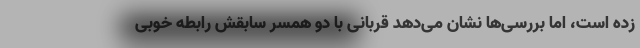
زده است، اما بررسی‌ها نشان می‌دهد قربانی با دو همسر سابقش رابطه خوبی